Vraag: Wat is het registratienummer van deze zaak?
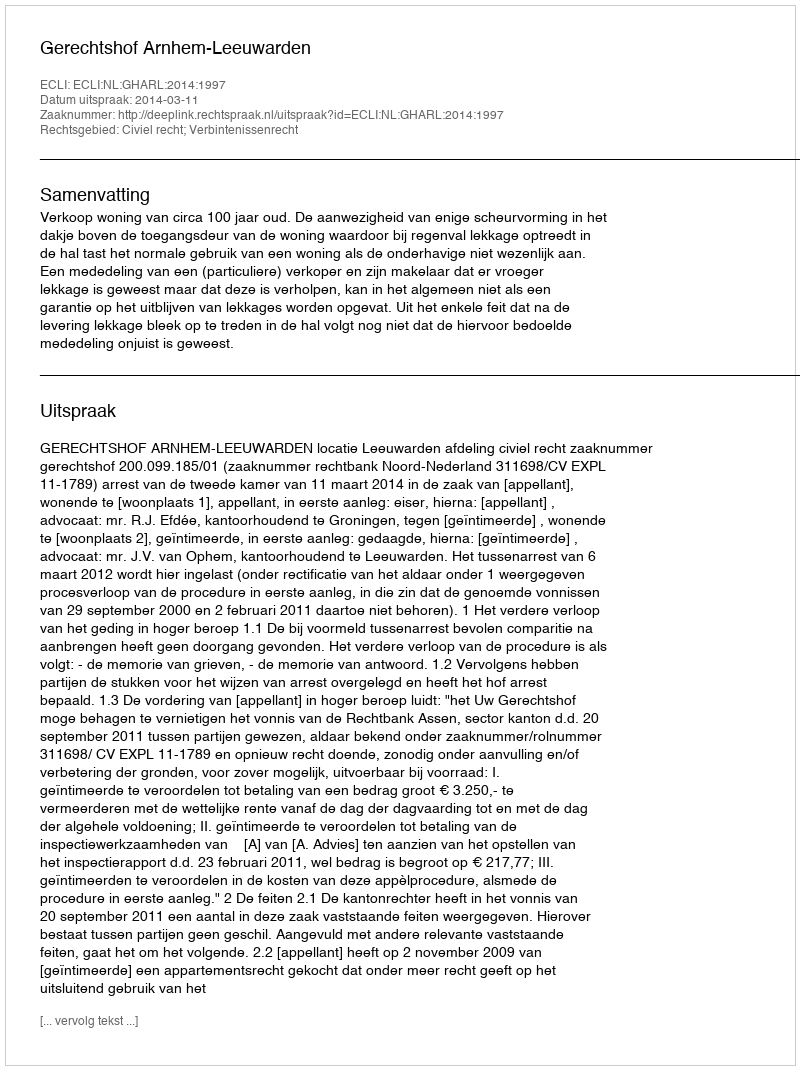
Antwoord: http://deeplink.rechtspraak.nl/uitspraak?id=ECLI:NL:GHARL:2014:1997